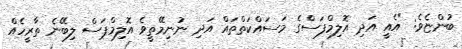
ބުންޏެވެ: "އެއީ އަދި އޮލިމްފަސްގެ މަސައްކަތްތައް އަދި ނުނިމޭތީވެ އޮލިމްޕަސް ލިބޭނެ ތާރީހެއް